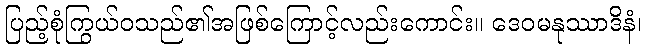
ပြည့်စုံကြွယ်ဝသည်၏အဖြစ်ကြောင့်လည်းကောင်း။ ဒေဝမနုဿာဒိနံ၊